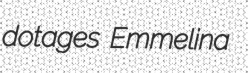
dotages Emmelina